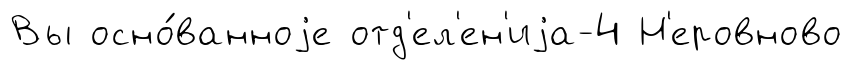
Вы осно́ванноjе отд'ел'ен'иjа-4 Н'еровново